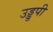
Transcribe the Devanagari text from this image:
उड्डुपी